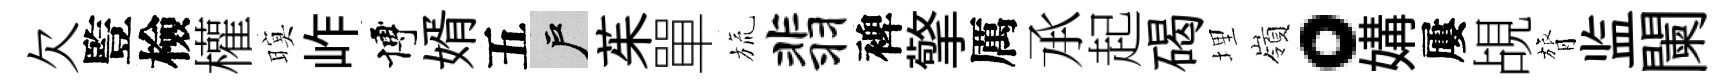
欠䜿檢權暝岞博婿五户茱單旒翡裨擎厲𠄘起碣埋嶺。媾屢覘膂监闌